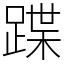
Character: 蹀